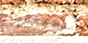
دققت